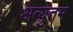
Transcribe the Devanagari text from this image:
अत्युतम